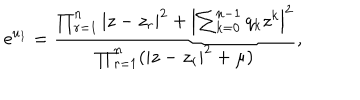
\mathrm { e } ^ { u _ { 1 } } = { \frac { \prod _ { r = 1 } ^ { n } | z - z _ { r } | ^ { 2 } + \left| \sum _ { k = 0 } ^ { n - 1 } q _ { k } z ^ { k } \right| ^ { 2 } } { \prod _ { r = 1 } ^ { n } ( | z - z _ { r } | ^ { 2 } + \mu ) } } ,